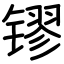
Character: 镠